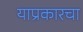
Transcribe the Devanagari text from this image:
याप्रकारचा